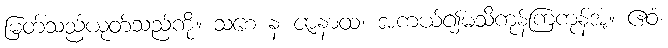
မြတ်သည်ယုတ်သည်ကို။ သစေ န ဇာနာထ၊ အကယ်၍မသိကုန်ကြကုန်အံ့။ ဧဝံ၊